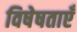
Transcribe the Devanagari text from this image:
विषेषताएँ